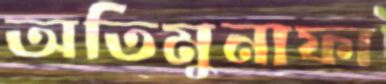
অতিমুনাফা